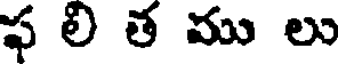
ఫ లి త ము లు